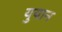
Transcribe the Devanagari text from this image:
युयान